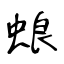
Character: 蜋